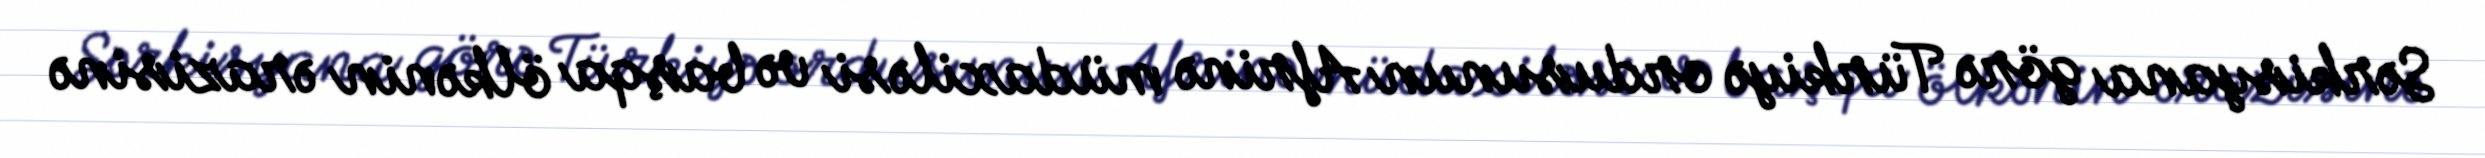
Sərkisyana görə Türkiyə ordusunun Afrinə müdaxiləsi və başqa ölkənin ərazisinə